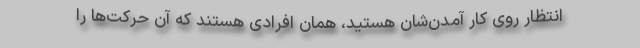
انتظار روی کار آمدن‌شان هستید، همان افرادی هستند که آن حرکت‌ها را